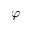
\varphi